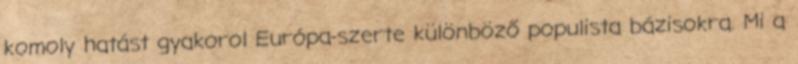
komoly hatást gyakorol Európa-szerte különböző populista bázisokra. Mi a